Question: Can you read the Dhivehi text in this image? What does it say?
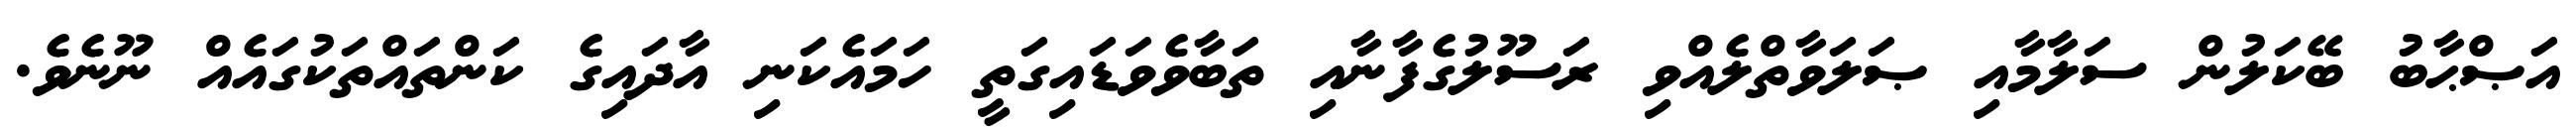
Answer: އަޞްޙާބު ބޭކަލުން ސަލާމާއި ޞަލަވާތްލެއްވި ރަސޫލުގެފާނާއި ތަބާވެވަޑައިގަތީ ހަމައެކަނި އާދައިގެ ކަންތައްތަކުގައެއް ނޫނެވެ.